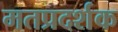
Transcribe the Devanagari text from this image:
मतप्रदर्शक